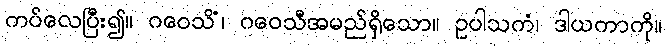
ကပ်လေပြီး၍။ ဂဝေသိံ၊ ဂဝေသီအမည်ရှိသော။ ဥပါသကံ၊ ဒါယကာကို။